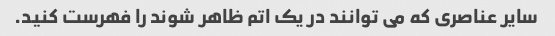
سایر عناصری که می توانند در یک اتم ظاهر شوند را فهرست کنید.